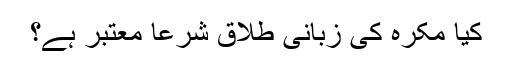
کیا مُکرَہ کی زبانی طلاق شرعاً معتبر ہے؟